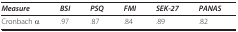
<table><thead><tr><td><b><i>Measure</i></b></td><td><b><i>BSI</i></b></td><td><b><i>PSQ</i></b></td><td><b><i>FMI</i></b></td><td><b><i>SEK-27</i></b></td><td><b><i>PANAS</i></b></td></tr></thead><tbody><tr><td>Cronbach α</td><td>.97</td><td>.87</td><td>.84</td><td>.89</td><td>.82</td></tr></tbody></table>